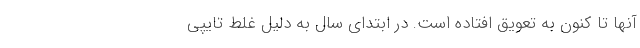
آنها تا کنون به تعویق افتاده است. در ابتدای سال به دلیل غلط تایپی